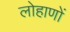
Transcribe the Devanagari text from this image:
लोहाणों